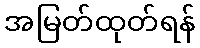
အမြတ်ထုတ်ရန်